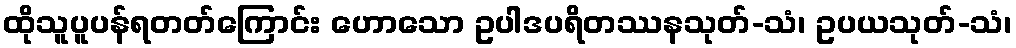
ထိုသူပူပန်ရတတ်ကြောင်း ဟောသော ဥပါဒပရိတဿနသုတ်-သံ၊ ဥပယသုတ်-သံ၊